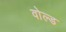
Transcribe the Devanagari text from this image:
वोल्ड